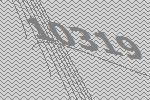
10319